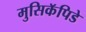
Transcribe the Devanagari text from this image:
मुसिकॅपिडे